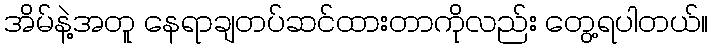
အိမ်နဲ့အတူ နေရာချတပ်ဆင်ထားတာကိုလည်း တွေ့ရပါတယ်။